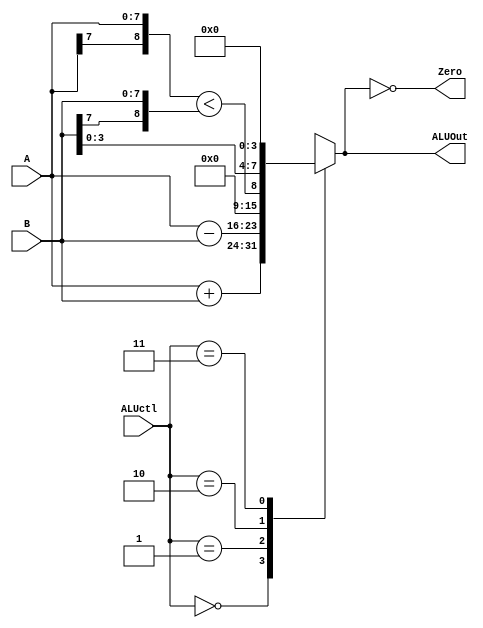
module ALU(ALUctl, A, B, ALUOut, Zero);
input [1:0] ALUctl;
input [7:0] A,B;
output reg [7:0] ALUOut;
output Zero;  
assign Zero = (ALUOut==0); //Zero is true if ALUOut is 0; goes anywhere
always @(ALUctl, A, B) //reevaluate if these change
begin
case (ALUctl)
0: ALUOut <= A + B;
1: ALUOut <= A - B;
2: ALUOut <= {A[7],A} < {B[7],B};
3: ALUOut <= B << 4;
default: ALUOut <= 0; //default to 0, should not happen;
endcase
//$display($time," ALU: %b",ALUOut);
//$display($time, " Zero: %b", (ALUOut==0));
end
endmodule